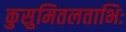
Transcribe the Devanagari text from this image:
कुसुमितलताभिः